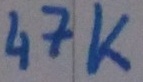
Text: 47K